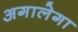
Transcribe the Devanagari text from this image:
अगालेगा